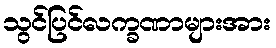
သွင်ပြင်လက္ခဏာများအား